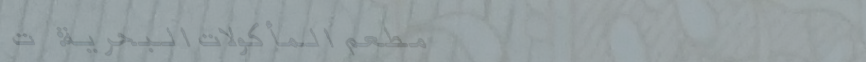
مطعم المأكولات البحرية: ت